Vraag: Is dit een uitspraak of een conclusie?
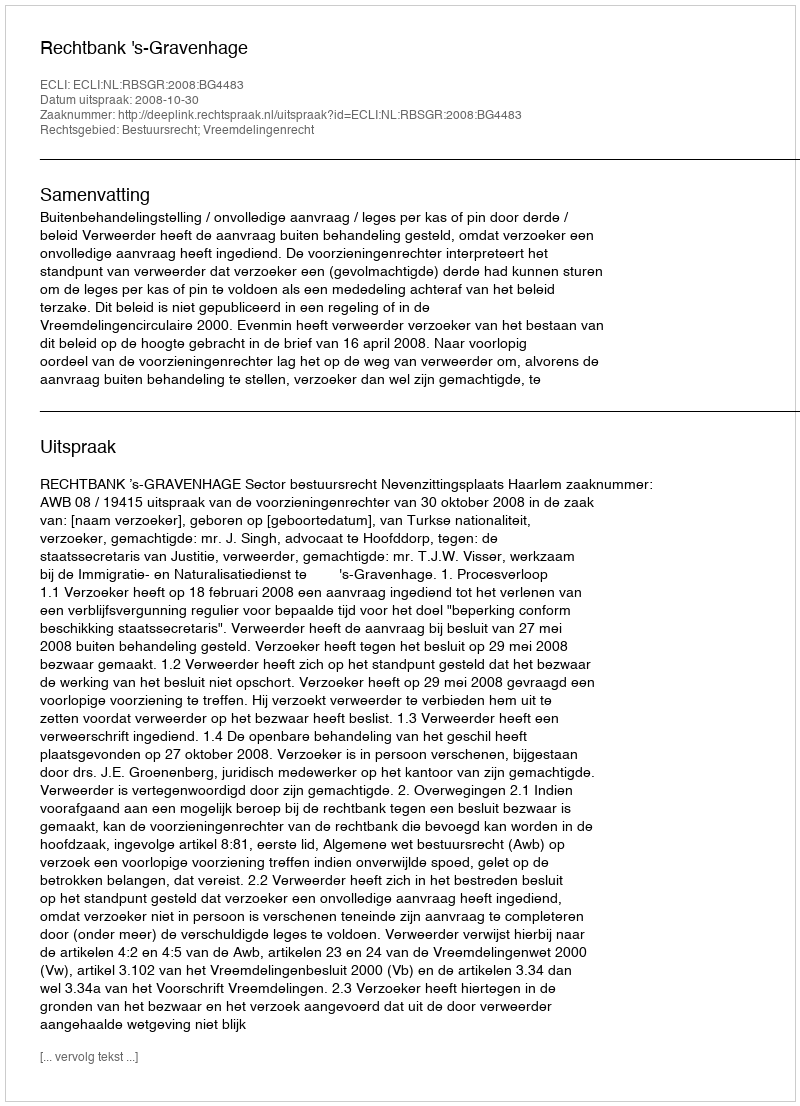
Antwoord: Uitspraak